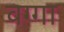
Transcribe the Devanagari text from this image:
वग्गा